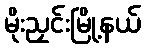
မိုးညှင်းမြို့နယ်